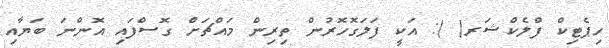
ހިޕެޓިކް ފްލެކްޝަރ( ): އަކީ ފަލަގޮހޮރުން ތިރިން މައްޗަށް ގޮސްފައި އޮންނަ ބަޔާއި